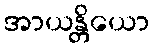
အာယန္တိယော